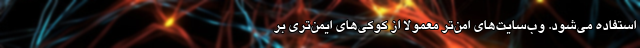
استفاده می‌شود. وب‌سایت‌های امن‌تر معمولا از کوکی‌های ایمن‌تری بر